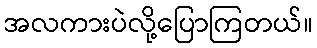
အလကားပဲလို့ပြောကြတယ်။